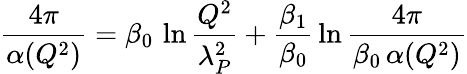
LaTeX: {\frac{4\pi}{\alpha(Q^{2})}}=\beta_{0}\, \ln{\frac{Q^{2}}{\lambda_{P}^{2}}}+{\frac{\beta_{1}}{\beta_{0}}}\ln{\frac{4\pi}{\beta_{0}\, \alpha(Q^{2})}}